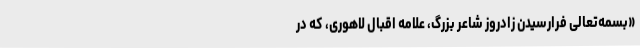
«بسمه‌تعالی فرارسیدن زادروز شاعر بزرگ، علامه اقبال لاهوری، که در